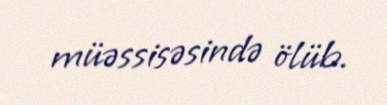
müəssisəsində ölüb.